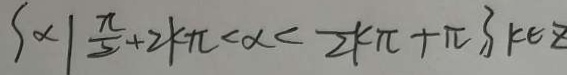
\{ \alpha \vert \frac { \pi } { 2 } + 2 k \pi < \alpha < \overline { 2 } k \pi + \pi , \} k \in z